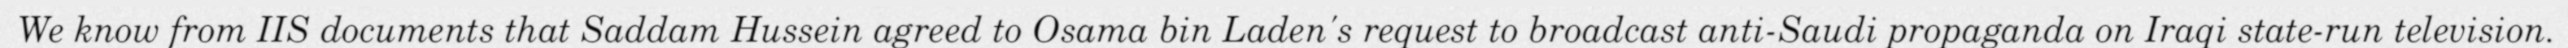
We know from IIS documents that Saddam Hussein agreed to Osama bin Laden's request to broadcast anti-Saudi propaganda on Iraqi state-run television.